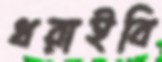
ধরাইবি